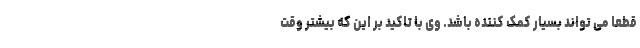
قطعا می تواند بسیار کمک کننده باشد. وی با تاکید بر این که بیشتر وقت